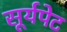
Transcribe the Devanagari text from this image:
सूर्यपेट